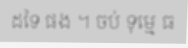
ដទៃ ផង ។ ចប់ ទុម្មេ ធ